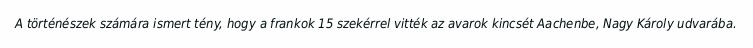
A történészek számára ismert tény, hogy a frankok 15 szekérrel vitték az avarok kincsét Aachenbe, Nagy Károly udvarába.